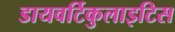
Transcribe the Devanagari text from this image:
डायवर्टिकुलाइटिस